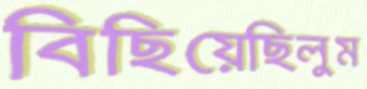
বিছিয়েছিলুম